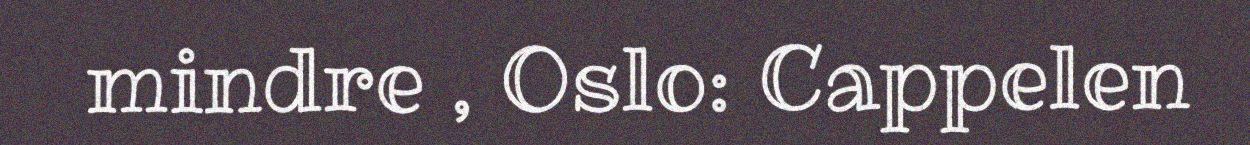
mindre , Oslo: Cappelen